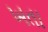
ખતા